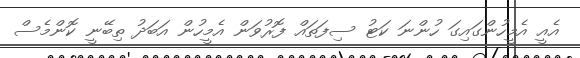
އެއީ އެމީހުންގައިގަ ހުންނަ ކަޓު ސިފަތައް ފޮރުވަން އެމީހުން އަބަދު ތިބޭނީ ކޮންމެސް